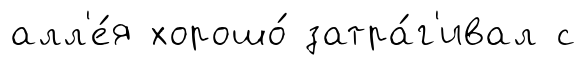
алл'е́я хорошо́ затра́г'ивал с